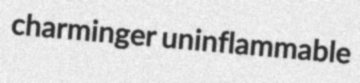
charminger uninflammable